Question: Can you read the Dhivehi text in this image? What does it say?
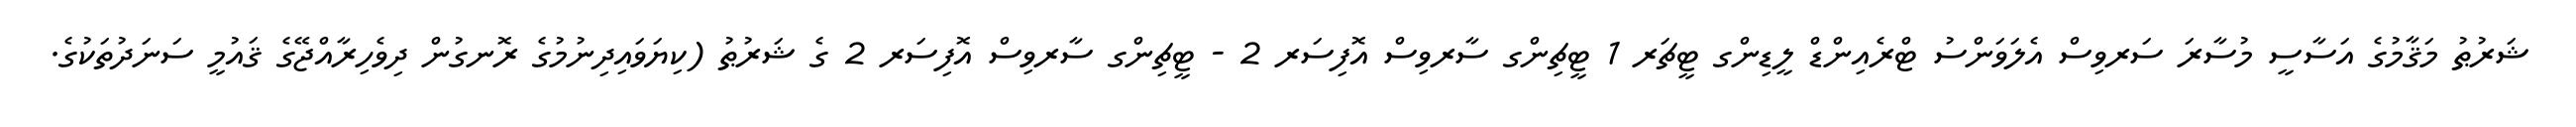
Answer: ޝަރުޠު މަޤާމުގެ އަސާސީ މުސާރަ ސަރވިސް އެލަވަންސު ޓްރެއިންޑް ލީޑިންގ ޓީޗަރ 1 ޓީޗިންގ ސާރވިސް އޮފިސަރ 2 - ޓީޗިންގ ސާރވިސް އޮފިސަރ 2 ގެ ޝަރުޠު (ކިޔަވައިދިނުމުގެ ރޮނގުން ދިވެހިރާއްޖޭގެ ޤައުމީ ސަނަދުތަކުގެ.